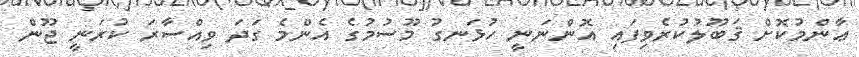
ޢާންމުކޮށް ޤަބޫލުކުރެވިފައި އޮންނަނީ ހުޅަނގު މޫސުމުގެ އެންމެ ގަދަ ވިއްސާރަ ކުރަނީ ޖޫން